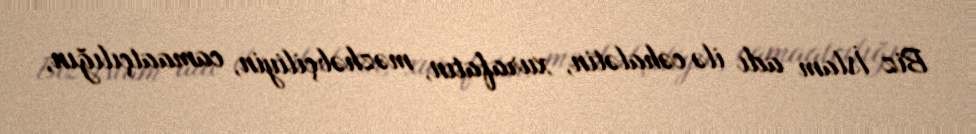
Biz İslam adı ilə cəhalətin, xurafatın, məzhəbçiliyin, camaatçılığın,